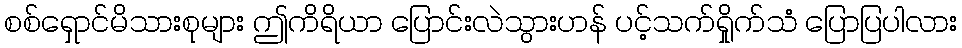
စစ်ရှောင်မိသားစုများ ဤကိရိယာ ပြောင်းလဲသွားဟန် ပင့်သက်ရှိုက်သံ ပြောပြပါလား